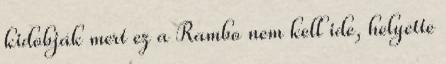
kidobják mert ez a Rambo nem kell ide, helyette